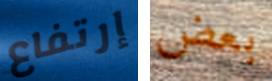
إرتفاع بعض